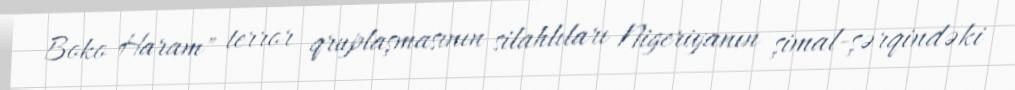
Boko Haram" terror qruplaşmasının silahlıları Nigeriyanın şimal-şərqindəki